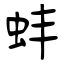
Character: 蚌